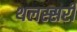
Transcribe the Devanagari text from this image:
थलस्सरी